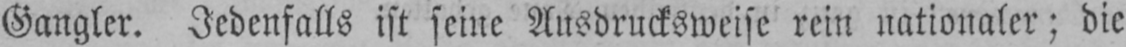
Gangler. Jedenfalls ist seine Ausdrucksweise rein nationaler; die